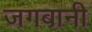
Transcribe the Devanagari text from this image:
जगबानी